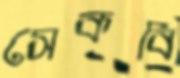
সেকবি